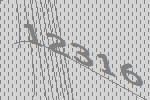
12316